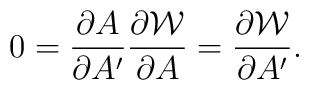
0= {\partial A \over \partial A'}   {\partial {\cal W} \over \partial A}  =   {\partial {\cal W} \over \partial A'} .